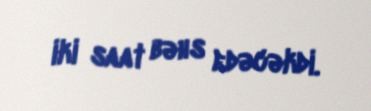
iki saat bəhs edəcəkdi.